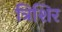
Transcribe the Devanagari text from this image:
त्रिशिर